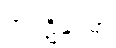
အပ္ပဋိဝေဓာ